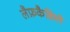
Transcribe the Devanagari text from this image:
लैफ़कैडियो